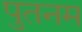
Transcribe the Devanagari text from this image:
पुतनम